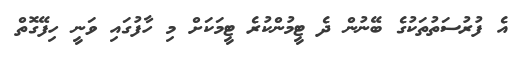
އެ ފުރުސަތުތަކުގެ ބޭނުން ދެ ޓީމުންކުރެ ޓީމަކަށް މި ހާފުގައި ވަނީ ހިފޭގޮތް